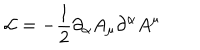
{ \cal L } = - \frac { 1 } { 2 } \partial _ { \alpha } A _ { \mu } \partial ^ { \alpha } A ^ { \mu }